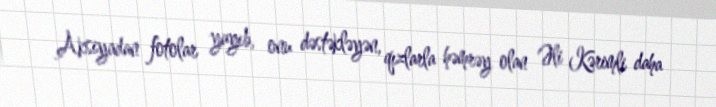
Aksiyadan fotolar yayıb, onu dəstəkləyən, qızlarla həmrəy olan Əli Kərimli daha